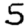
Digit: 5